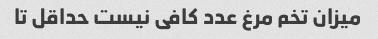
میزان تخم مرغ عدد کافی نیست حداقل تا